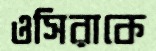
ওসিরাকে